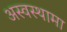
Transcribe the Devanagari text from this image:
अस्वस्थामा